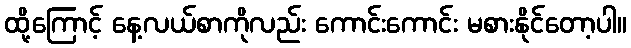
ထို့ကြောင့် နေ့လယ်စာကိုလည်း ကောင်းကောင်း မစားနိုင်တော့ပါ။